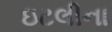
ઇટલીના